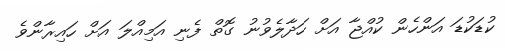
ކުޑަކުޑަ އަންހެން ކުއްޖާ އަށް ހަދާލެވުނު ގޮތް ފެނި އަމިއްލަ އަށް ހައިރާންވެ